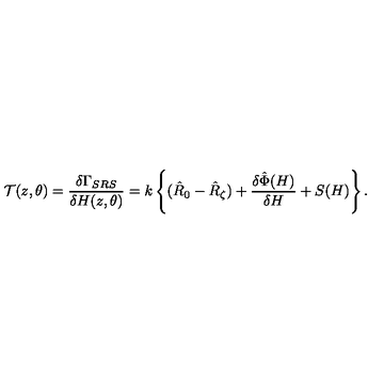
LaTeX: { \cal T } ( z , \theta ) = \frac { \delta \Gamma _ { S R S } } { \delta H ( z , \theta ) } = k \left\{ ( \hat { R } _ { 0 } - \hat { R } _ { \zeta } ) + \frac { \delta \hat { \Phi } ( H ) } { \delta H } + S ( H ) \right\} .